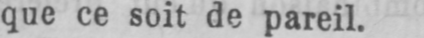
que ce soit de pareil.